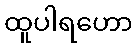
ထူပါရဟော